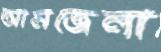
আমজেলা